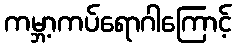
ကမ္ဘာ့ကပ်ရောဂါကြောင့်